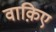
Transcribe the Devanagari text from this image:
वाक़िए